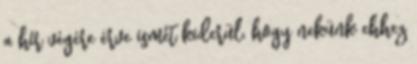
a hír végére érve ismét kiderül, hogy nekünk ehhez